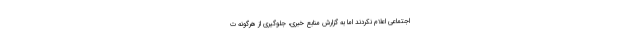
اجتماعی اعلام نکردند اما به گزارش منابع خبری، جلوگیری از هرگونه ت